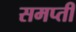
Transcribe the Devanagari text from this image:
समप्ती